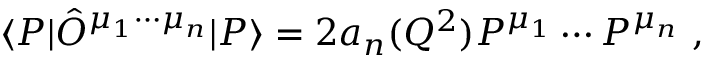
\langle P | \hat { O } ^ { \mu _ { 1 } \cdots \mu _ { n } } | P \rangle = 2 a _ { n } ( Q ^ { 2 } ) P ^ { \mu _ { 1 } } \cdots P ^ { \mu _ { n } } \ ,